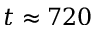
t \approx 7 2 0